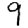
Digit: 9